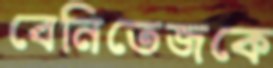
বেনিতেজকে